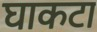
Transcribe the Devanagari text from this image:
घाकटा